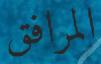
المرافق